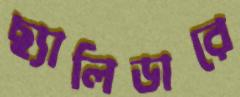
ছ্যালিডারে